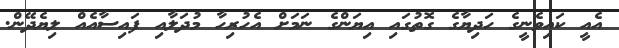
އެއީ ކައިވެނީގެ ހަދިޔާގެ ގޮތުގައި އިޔަންގެ ނަމަށް އެހުރިހާ މުދަލާއި ފައިސާއެއް ލިޔެދޭން.